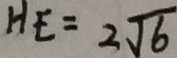
H E = 2 \sqrt { 6 }